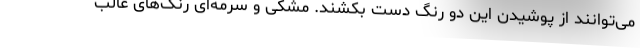
می‌توانند از پوشیدن این دو رنگ دست بکشند. مشکی و سرمه‌ای رنگ‌های غالب